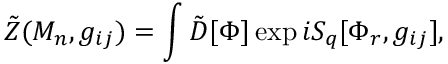
\tilde { Z } ( M _ { n } , g _ { i j } ) = \int \tilde { D } [ \Phi ] \exp i S _ { q } [ \Phi _ { r } , g _ { i j } ] ,